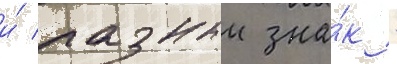
и́ разныи зна́к -